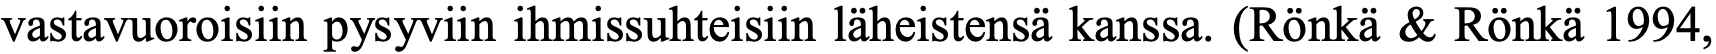
vastavuoroisiin pysyviin ihmissuhteisiin läheistensä kanssa. (Rönkä & Rönkä 1994,